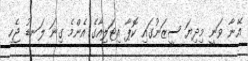
އޭނާ ވަނީ މިދިޔަ ސީޒަނުގައި ކޮޕާ އިޓަލިއާގެ އެންމެ ގިނަ ލަނޑު ޖެހި